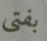
بفتى